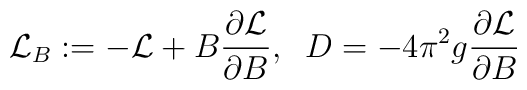
{\cal L}_B:=-{\cal L} +B\frac{\partial{\cal L}}{\partial B}, \;\;D=-4\pi^2g\frac{\partial{\cal L}}{\partial B}